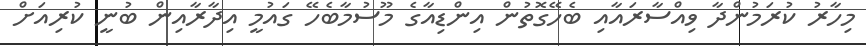
މިހާރު ކުރަމުންދާ ވިއްސާރައާއި ބެހޭގޮތުން އިންޑިއާގެ މޫސުމާބެހޭ ގައުމީ އިދާރާއިން ބުނީ ކުރިއަށް